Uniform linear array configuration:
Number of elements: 32
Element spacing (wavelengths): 0.75
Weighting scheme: kaiser
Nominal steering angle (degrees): -60
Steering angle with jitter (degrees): -60.459
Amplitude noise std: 0.05
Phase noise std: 0.05

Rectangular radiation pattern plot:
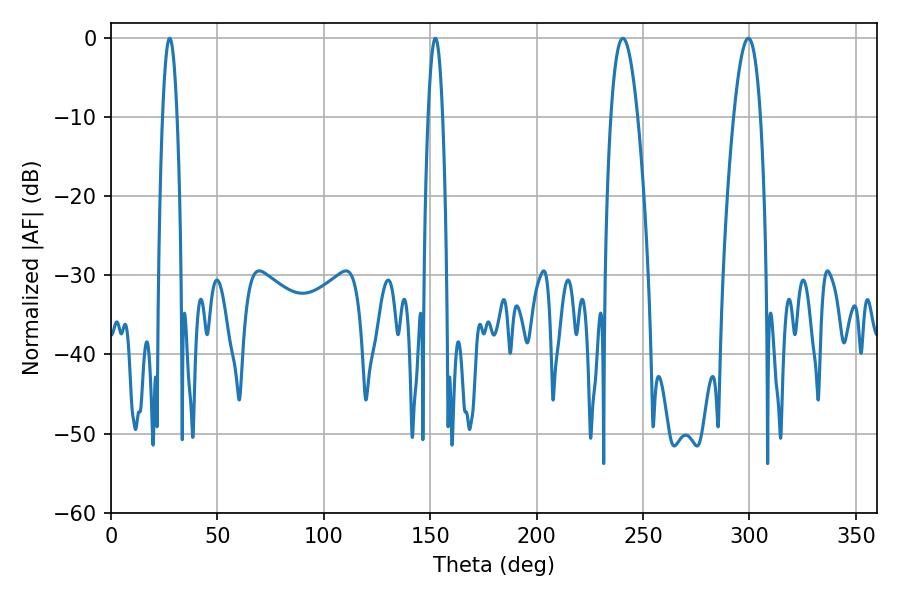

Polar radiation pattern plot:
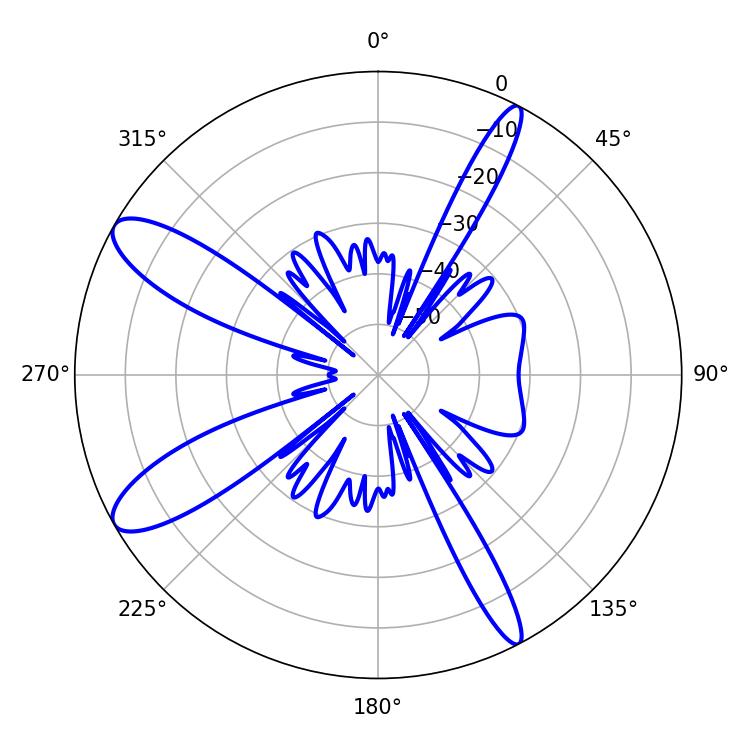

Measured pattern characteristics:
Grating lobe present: TRUE
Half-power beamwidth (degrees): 6.84
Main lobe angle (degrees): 299.52